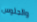
والجلوس